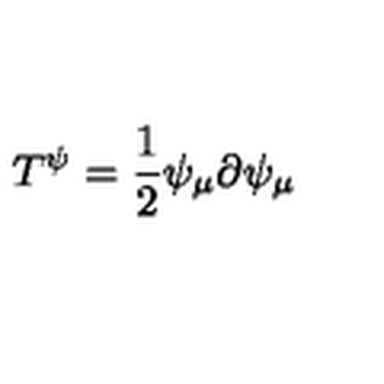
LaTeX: T ^ { \psi } = \frac { 1 } { 2 } \psi _ { \mu } \partial \psi _ { \mu }